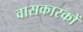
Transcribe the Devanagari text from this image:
वासकारकों